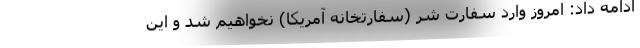
ادامه داد: امروز وارد سفارت شر (سفارتخانه آمریکا) نخواهیم شد و این